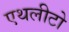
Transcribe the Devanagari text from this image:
एथलीटो